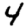
Digit: 4